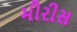
મૌરીસ